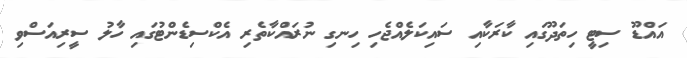
އައްޑޫ ސިޓީ ހިތަދޫގައި ކާރަކާއި ސައިކަލެއްޖެހި ހިނގި ނުރައްކާތެރި އެކްސިޑެންޓުގައި ހާލު ސީރިއަސްވި